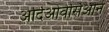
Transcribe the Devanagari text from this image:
अर्दिओवेर्सिओन